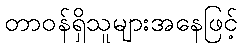
တာဝန်ရှိသူများအနေဖြင့်